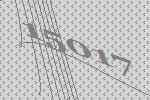
15017